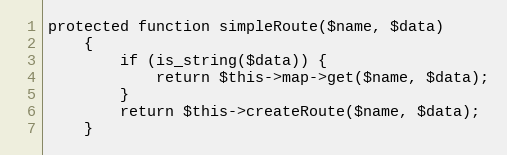
Language: PHP
protected function simpleRoute($name, $data)
    {
        if (is_string($data)) {
            return $this->map->get($name, $data);
        }
        return $this->createRoute($name, $data);
    }